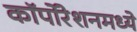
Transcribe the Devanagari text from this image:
कॉर्पोरेशनमध्ये